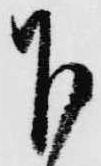
下